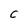
Character: C